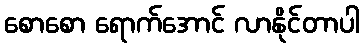
စောစော ရောက်အောင် လာနိုင်တာပါ